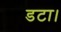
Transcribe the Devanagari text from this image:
डटा।